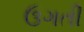
ઉગતી